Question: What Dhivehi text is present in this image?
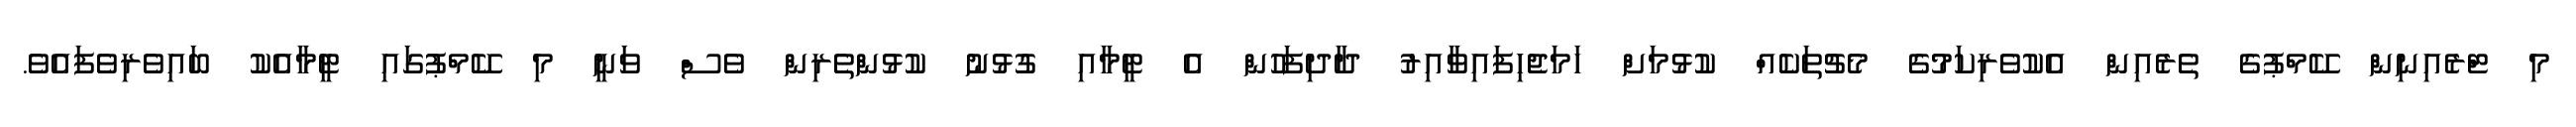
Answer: މި ޓްރެއިނިން ކޭމްޕުގެ ތެރެއިން އެކުވެރިކަމުގެ މެޗުތަކެއް ކުޅުމަށް ހަމަޖެހިފައިވާއިރު ދާދިފަހުން އެ ޓީމާއި ގުޅުނު ކުޅުންތެރިން ވެސް ވަނީ މި ކޭމްޕުގައި ޓީމާއެކު ބައިވެރިވެފައެވެ.